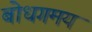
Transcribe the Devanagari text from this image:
बोधगमय